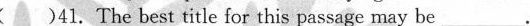
( )41. The best title for this passage may be___.